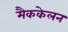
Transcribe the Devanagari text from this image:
मैककेलन